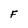
Character: F